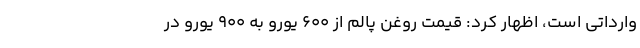
وارداتی است، اظهار کرد: قیمت روغن پالم از ۶۰۰ یورو به ۹۰۰ یورو در